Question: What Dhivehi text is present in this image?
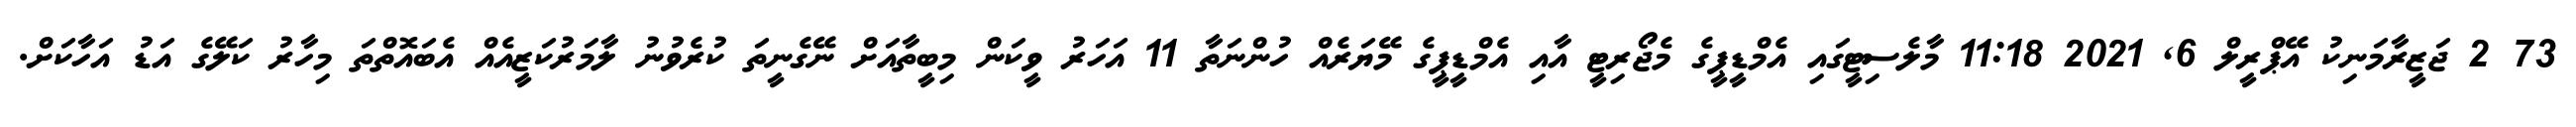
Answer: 73 2 ޖަޒީރާމަނިކު އޭޕްރީލް 6, 2021 11:18 މާލެސިޓީގައި އެމްޑީޕީގެ މެޖޯރިޓީ އާއި އެމްޑީޕީގެ މޭޔަރެއް ހުންނަތާ 11 އަހަރު ވީކަން މިބީތާއަށް ނޭގެނީތަ ކުރެވުނު ލާމަރުކަޒީއެއް އެބައޮތްތަ މިހާރު ކަލޭގެ އަޑު އަހާކަށް.